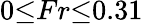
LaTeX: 0{\le}Fr{\le}0.31